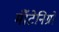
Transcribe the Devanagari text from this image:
मॉँटेनिग्रो